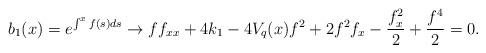
LaTeX: \begin{align*}b_1(x) = e^{\int^x f(s) ds} \rightarrow f f_{xx} +4k_1 - 4 V_q(x) f^2 +2f^2f_x - \frac{f_x^2}{2} + \frac{f^4}{2} = 0.\end{align*}